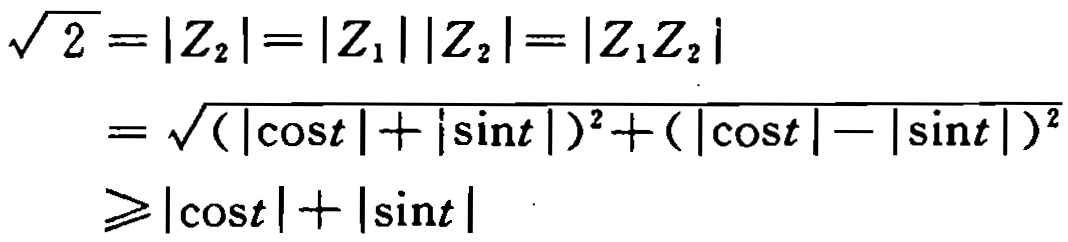
\[\begin{align*}
\sqrt{2}&=\left|Z_{2}\right|=\left|Z_{1}\right|\left|Z_{2}\right|=\left|Z_{1}Z_{2}\right|\\
&=\sqrt{(\left|\cos t\right|+\left|\sin t\right|)^{2}+(\left|\cos t\right|-\left|\sin t\right|)^{2}}\\
&\geqslant\left|\cos t\right|+\left|\sin t\right|
\end{align*}\]